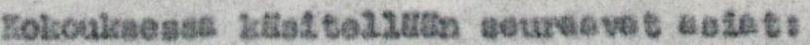
Kokouksessa käsitellään seuraavat asiat: